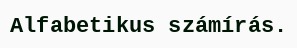
Alfabetikus számírás.